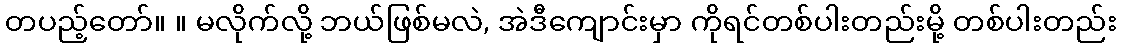
တပည့်တော်။ ။ မလိုက်လို့ ဘယ်ဖြစ်မလဲ, အဲဒီကျောင်းမှာ ကိုရင်တစ်ပါးတည်းမို့ တစ်ပါးတည်း